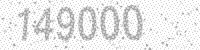
Solution: 149000